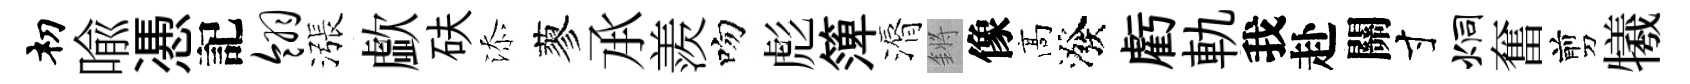
𥘉喩慿記翎漲歔砆添蓼𠄘羨吻彪𥱼漘鏘像髙潑虧軌我赴關寸炯奮剪犧